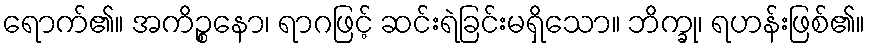
ရောက်၏။ အကိဉ္စနော၊ ရာဂဖြင့် ဆင်းရဲခြင်းမရှိသော။ ဘိက္ခု၊ ရဟန်းဖြစ်၏။